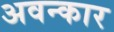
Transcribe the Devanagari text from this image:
अवन्कार